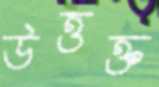
উত্তক্ত